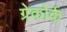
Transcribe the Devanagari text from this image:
ग्रेकोर्क